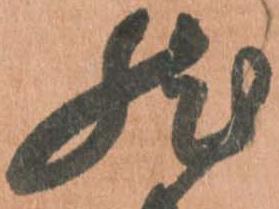
然